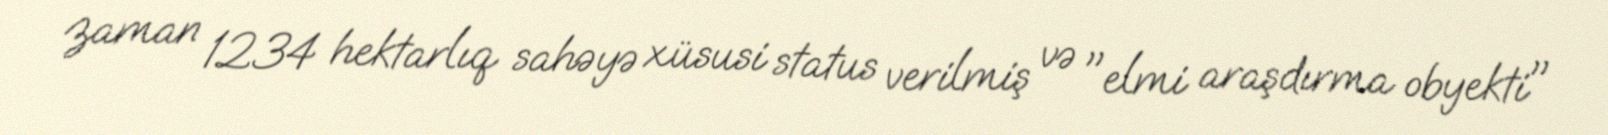
zaman 1234 hektarlıq sahəyə xüsusi status verilmiş və "elmi araşdırma obyekti"